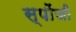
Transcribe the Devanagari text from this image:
स्पोंजी